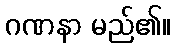
ဂဏနာ မည်၏။